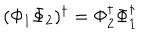
LaTeX: ( \Phi _ { 1 } \Phi _ { 2 } ) ^ { \dagger } = \Phi _ { 2 } ^ { \dagger } \Phi _ { 1 } ^ { \dagger }